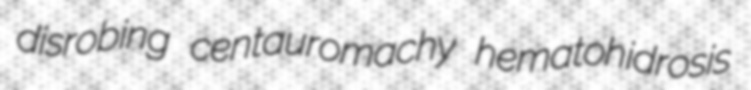
disrobing centauromachy hematohidrosis